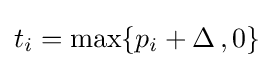
t_{i}=\max\{p_{i}+\Delta \,,0\}